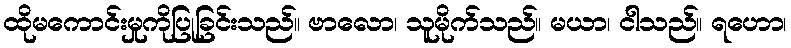
ထိုမကောင်းမှုကိုပြုခြင်းသည်။ ဗာလော၊ သူမိုက်သည်။ မယာ၊ ငါသည်။ ရဟော၊